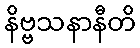
နိဗ္ဗသနာနီတိ